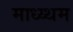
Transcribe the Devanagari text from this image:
माध्य्थम